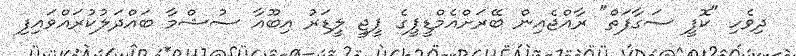
ދިވެހި "ކޮފީ ސަގާފަތް" ރާއްޖެއިން ބޭރަށްއެމްޑީޕީގެ ޕީޖީ ލީޑަރު އިބޫއާ ސުޝްމާ ބައްދަލުކުރައްވައިފި